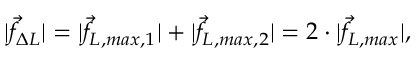
| \vec { f } _ { \Delta L } | = | \vec { f } _ { L , m a x , 1 } | + | \vec { f } _ { L , m a x , 2 } | = 2 \cdot | \vec { f } _ { L , m a x } | ,